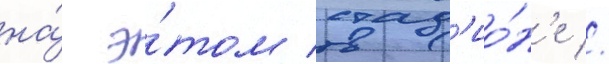
на́ э́том стад'ио́н'е //